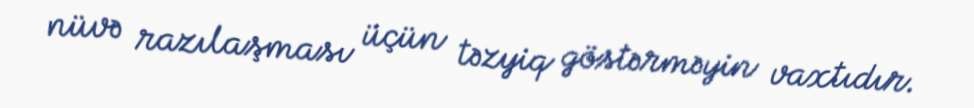
nüvə razılaşması üçün təzyiq göstərməyin vaxtıdır.